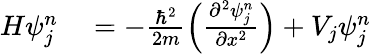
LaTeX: \begin{array}{rl}{H\psi_{j}^{n}}&{{}=-\frac{\hbar^{2}}{2m}\left(\frac{\partial^{2}\psi_{j}^{n}}{\partial x^{2}}\right)+V_{j}\psi_{j}^{n}}\end{array}